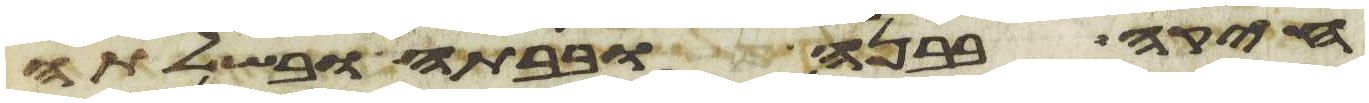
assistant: חיקה בבנה ובבתה ובשלתה